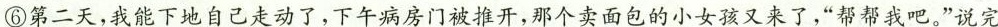
⑥第二天，我能下地自己走动了，下午病房门被推开，那个卖面包的小女孩又来了，”帮帮我吧。”说完